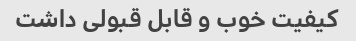
کیفیت خوب و قابل قبولی داشت